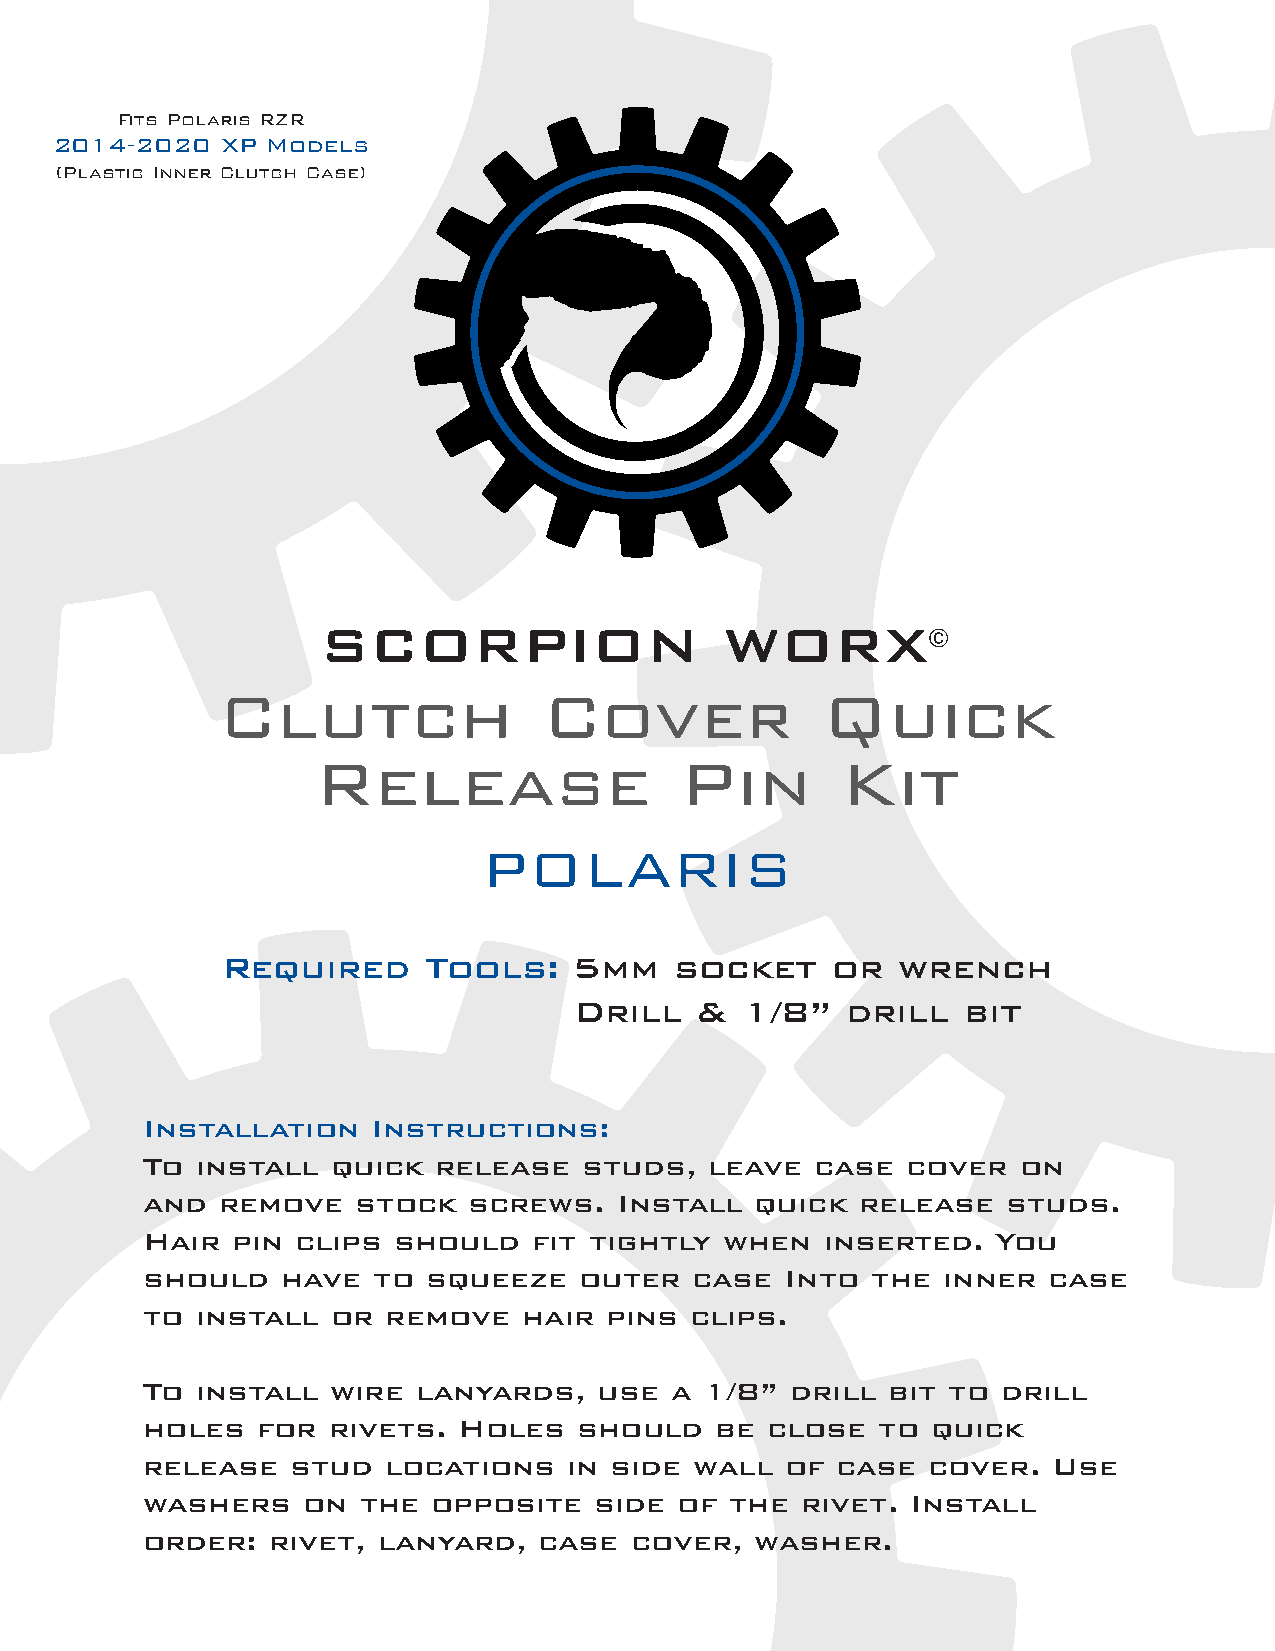
Fits Polaris RZR
 2014-2020   XP Models
 (Plastic Inner Clutch Case)
 Clutch                Cover             Quick
 Release                 Pin        Kit
 POLARIS
 Required     Tools:    5mm    socket    or  wrench
 Drill   &  1/8”   drill   bit
 Installation    Instructions:
 To  install  quick  release   studs,  leave  case  cover   on
 and  remove    stock  screws.   Install  quick  release   studs.
 Hair  pin  clips should   fit tightly  when   inserted.  You
 should    have  to squeeze   outer   case  Into  the inner  case
 to  install  or  remove   hair pins  clips.
 To  install  wire  lanyards,   use a  1/8” drill  bit to drill
 holes   for  rivets. Holes   should   be  close  to  quick
 release   stud  locations    in side wall  of case  cover.   Use
 washers    on  the  opposite  side  of the  rivet. Install
 order:   rivet, lanyard,   case  cover,  washer.